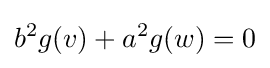
b^{2}g(v)+a^{2}g(w)=0